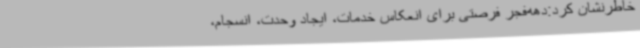
خاطرنشان کرد:دهه‌فجر فرصتی برای انعکاس خدمات، ایجاد وحدت، انسجام،